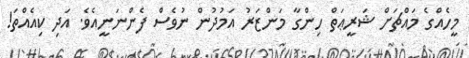
މީހެއްގެ މައްޗަށް ޝަރީޢަތް ހިންގާ މަންޒަރު އަމުދުން ނުވެސް ފެންނަނީއެވެ. އަދި ކިއެއްތަ!